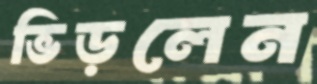
ভিড়লেন